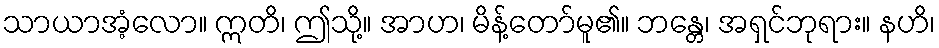
သာယာအံ့လော။ ဣတိ၊ ဤသို့။ အာဟ၊ မိန့်တော်မူ၏။ ဘန္တေ၊ အရှင်ဘုရား။ နဟိ၊